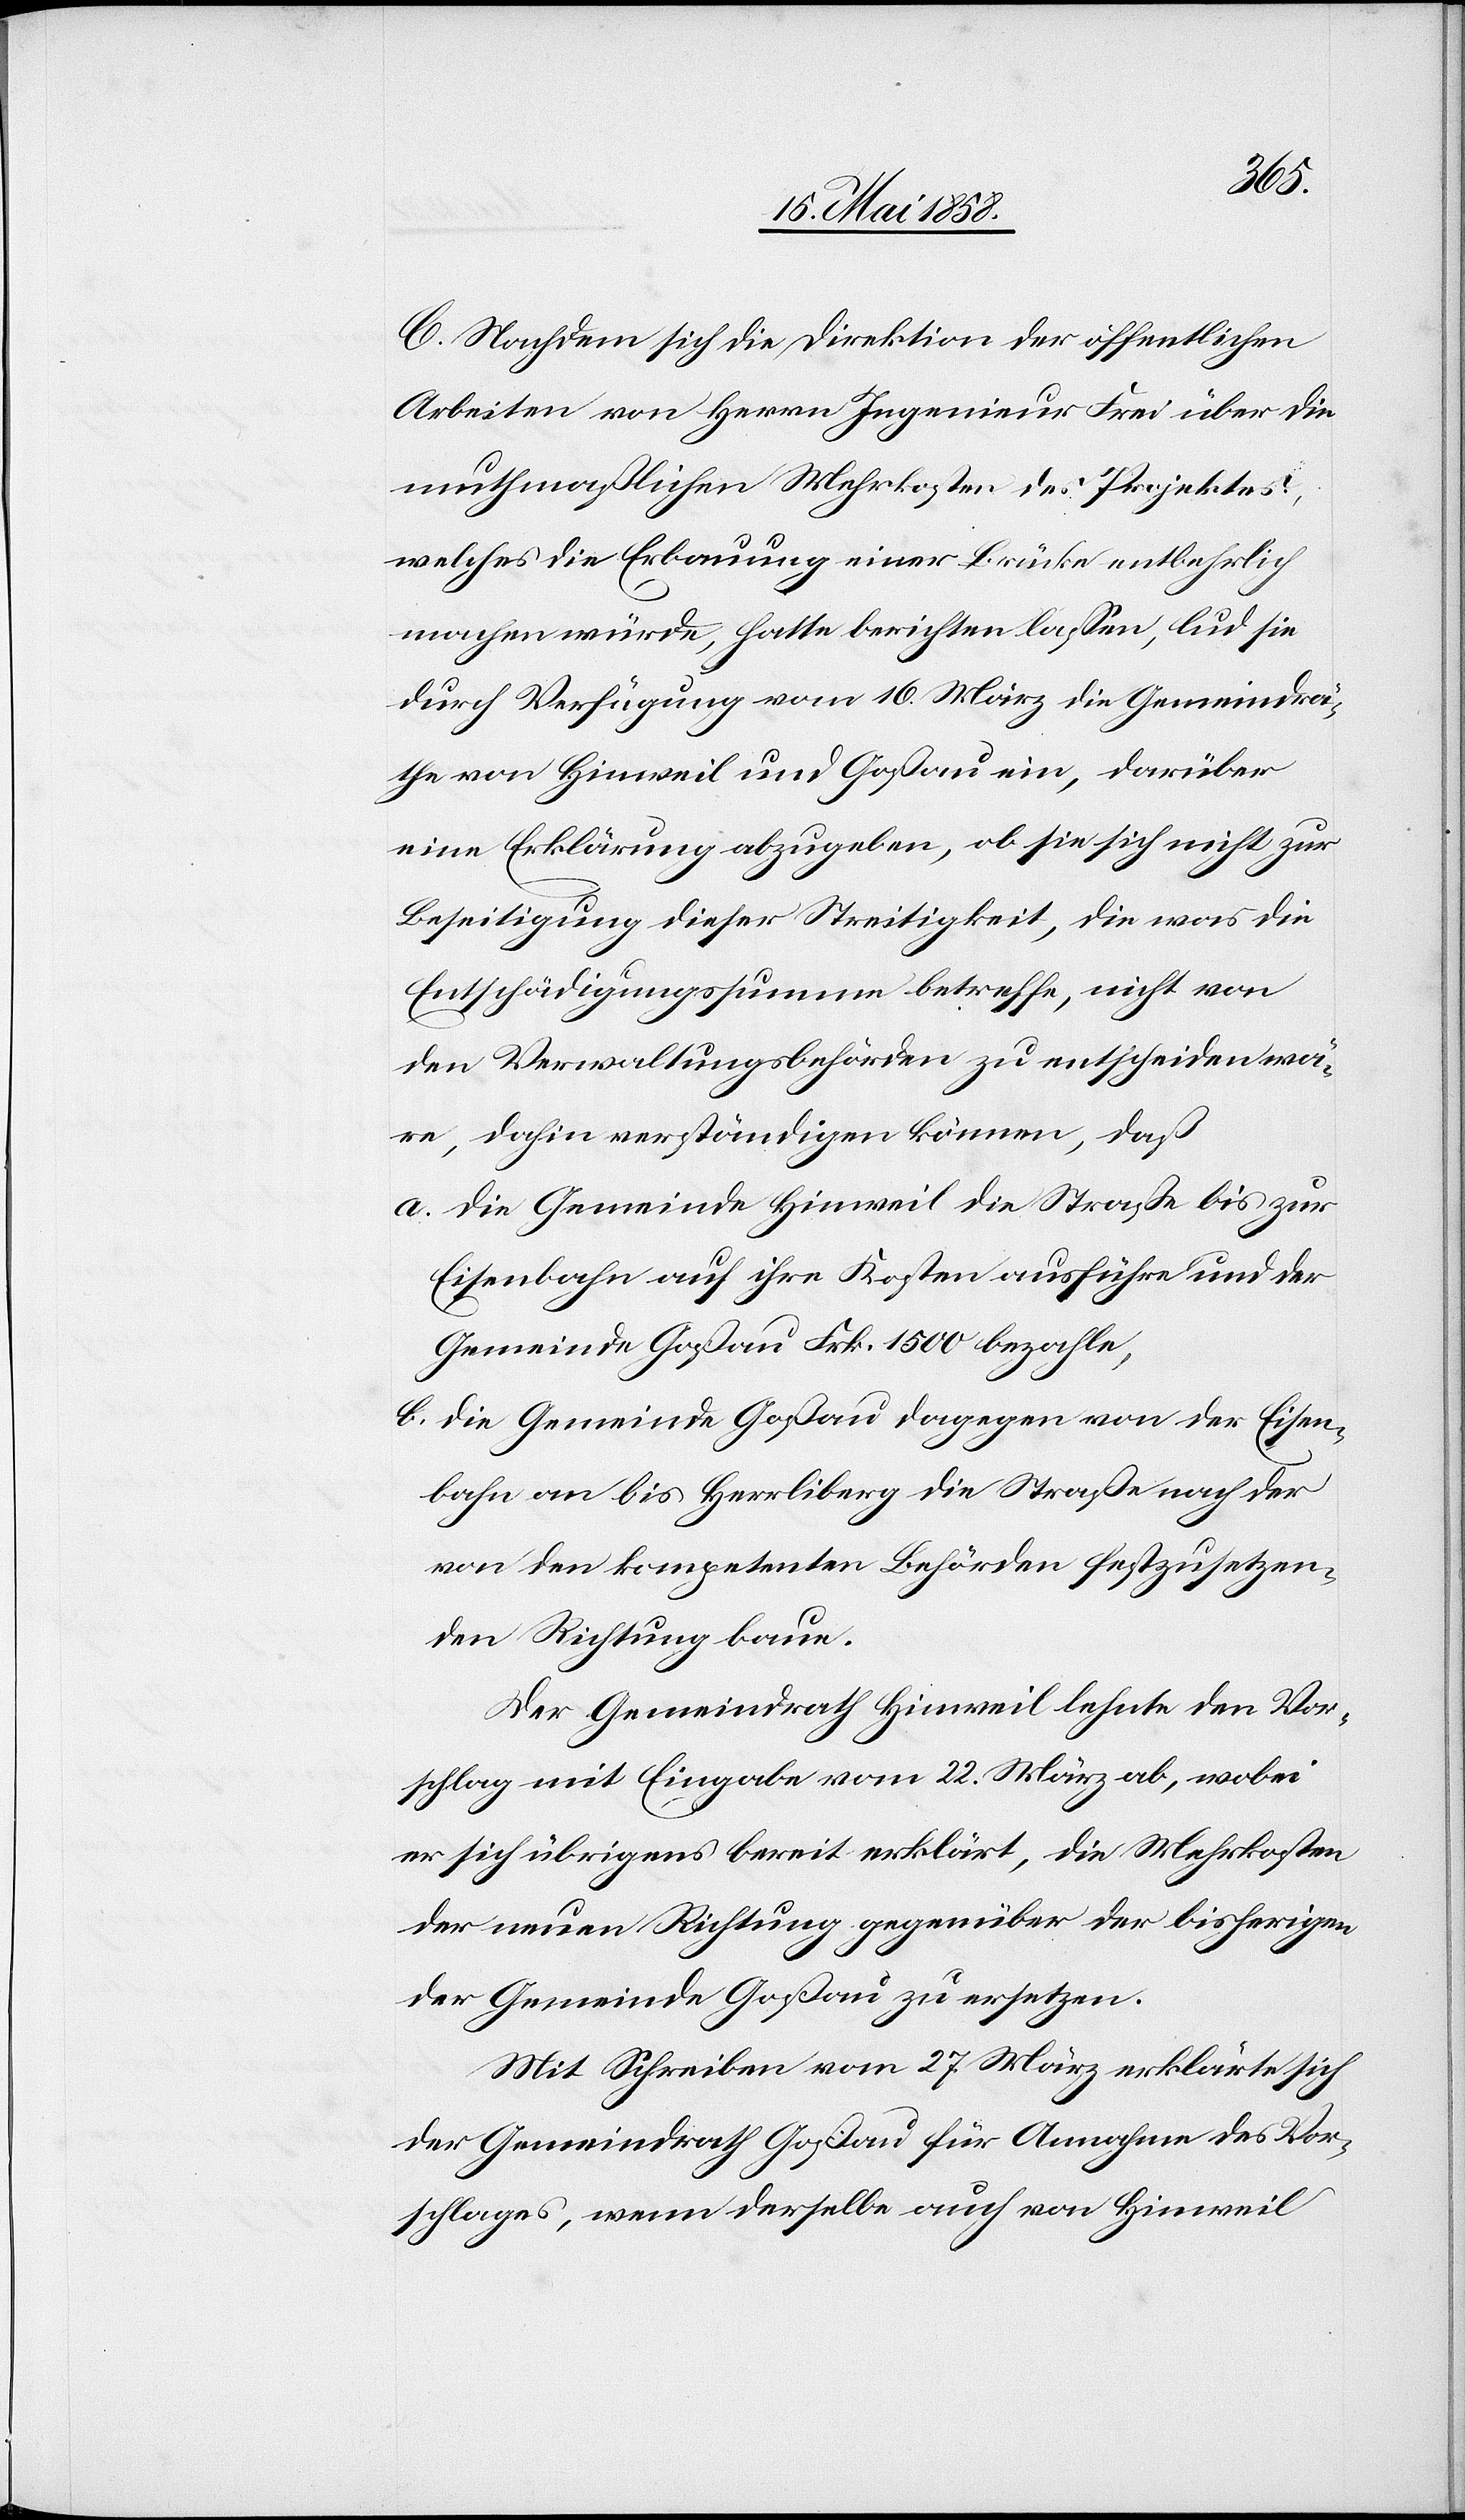
C. Nachdem sich die Direktion der öffentlichen
Arbeiten von Herrn Ingenieur Frei über die
muthmasslichen Mehrkosten des Projektes,
welches die Erbauung einer Brücke entbehrlich
machen würde, hatte berichten lassen, lud sie
durch Verfügung vom 16. März die Gemeindrä¬
the von Hinweil und Goßau ein, darüber
eine Erklärung abzugeben, ob sie sich nicht zur
Beseitigung dieser Streitigkeit, die was die
Entschädigungssumme betreffe, nicht von
den Verwaltungsbehörden zu entscheiden wä¬
ren, dahin verständigen können, daß
a. die Gemeinde Hinweil die Straße bis zur
Einsenbahn auf ihre Kosten ausführe und der
Gemeinde Goßau Frk. 1500 bezahle,
b. die Gemeinde Goßau dagegen von der Eisen¬
bahn an bis Herrliberg die Straße nach der
von den kompetenten Behörden festzusetzen¬
den Richtung baue.
Der Gemeindrath Hinweil lehnte den Vor¬
schlag mit Eingabe vom 22. März ab, wobei
er sich übrigens bereit erklärt, die Mehrkosten
der neuen Richtung gegenüber der bisherigen
der Gemeinde Goßau zu ersetzen.
Mit Schreiben vom 27. März erklärte sich
der Gemeindrath Goßau für Annahme des Vor¬
schlages, wenn derselbe auch von Hinweil